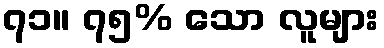
၇၁။ ၇၅% သော လူများ